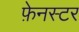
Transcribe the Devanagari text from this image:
फ़ेनस्टर